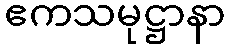
ဧကသမုဋ္ဌာနာ